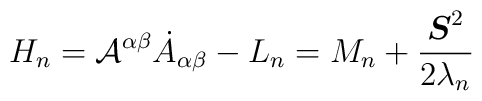
H_n= {\cal{A}}^{\alpha\beta} {\dot{A}}_{\alpha\beta} -L_n= M_n + \frac{{\mbox{\boldmath$S$}}^2}{2 \lambda_n}